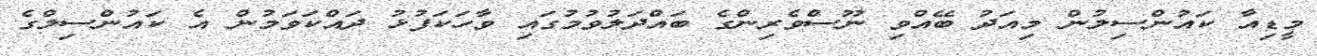
މީޑިއާ ކައުންސިލުން މިއަދު ބޭއްވި ނޫސްވެރިންގެ ބައްދަލުވުމުގައި ވާހަކަފުޅު ދައްކަވަމުން އެ ކައުންސިލްގެ